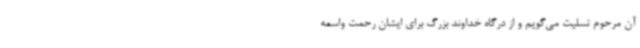
آن مرحوم تسلیت می‌گویم و از درگاه خداوند بزرگ برای ایشان رحمت واسعه